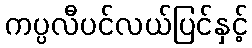
ကပ္ပလီပင်လယ်ပြင်နှင့်